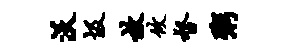
沃圾放攸督粥